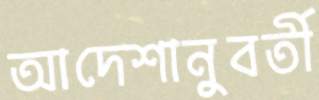
আদেশানুবর্তী